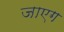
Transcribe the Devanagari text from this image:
जाएग